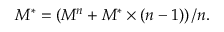
M ^ { * } = \left( M ^ { n } + M ^ { * } \times \left( n - 1 \right) \right) / n .